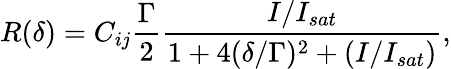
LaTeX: R(\delta)=C_{ij}\frac{\Gamma}{2}\frac{I/I_{sat}}{1+4(\delta/\Gamma)^{2}+(I/I_{sat})},